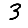
Digit: 3